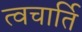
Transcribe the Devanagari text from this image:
त्वचार्ति